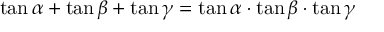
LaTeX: \tan \alpha + \tan \beta + \tan \gamma = \tan \alpha \cdot \tan \beta \cdot \tan \gamma